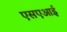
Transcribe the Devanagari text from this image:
एसएआई